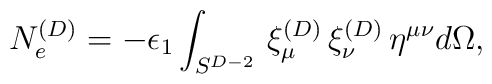
N_{e}^{(D)}=-\epsilon_{1} \int_{S^{D-2}}\, \xi^{(D)}_{\mu}\, \xi^{(D)}_{\nu}\,\eta^{\mu \nu} d\Omega,